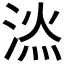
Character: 𣷇